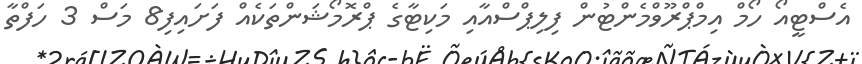
އެސްޓީއޯ ހޯމް އިމްޕްރޫވްމެންޓުން ފިލިޕްސްއާއި މަކިޓާގެ ޕްރޮމޯޝަންތަކެއް ފަށައިފި8 މަސް 3 ހަފްތާ